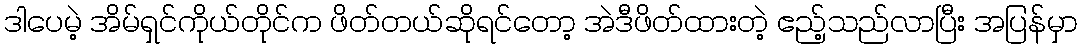
ဒါပေမဲ့ အိမ်ရှင်ကိုယ်တိုင်က ဖိတ်တယ်ဆိုရင်တော့ အဲဒီဖိတ်ထားတဲ့ ဧည့်သည်လာပြီး အပြန်မှာ